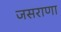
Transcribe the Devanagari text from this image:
जसराणा